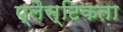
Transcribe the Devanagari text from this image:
प्लैस्टिकता